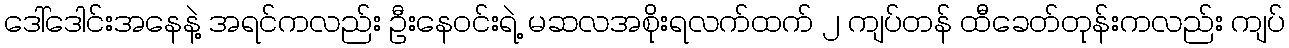
ဒေါ်ဒေါင်းအနေနဲ့ အရင်ကလည်း ဦးနေဝင်းရဲ့ မဆလအစိုးရလက်ထက် ၂ ကျပ်တန် ထီခေတ်တုန်းကလည်း ကျပ်